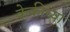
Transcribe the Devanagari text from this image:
केकीच्या